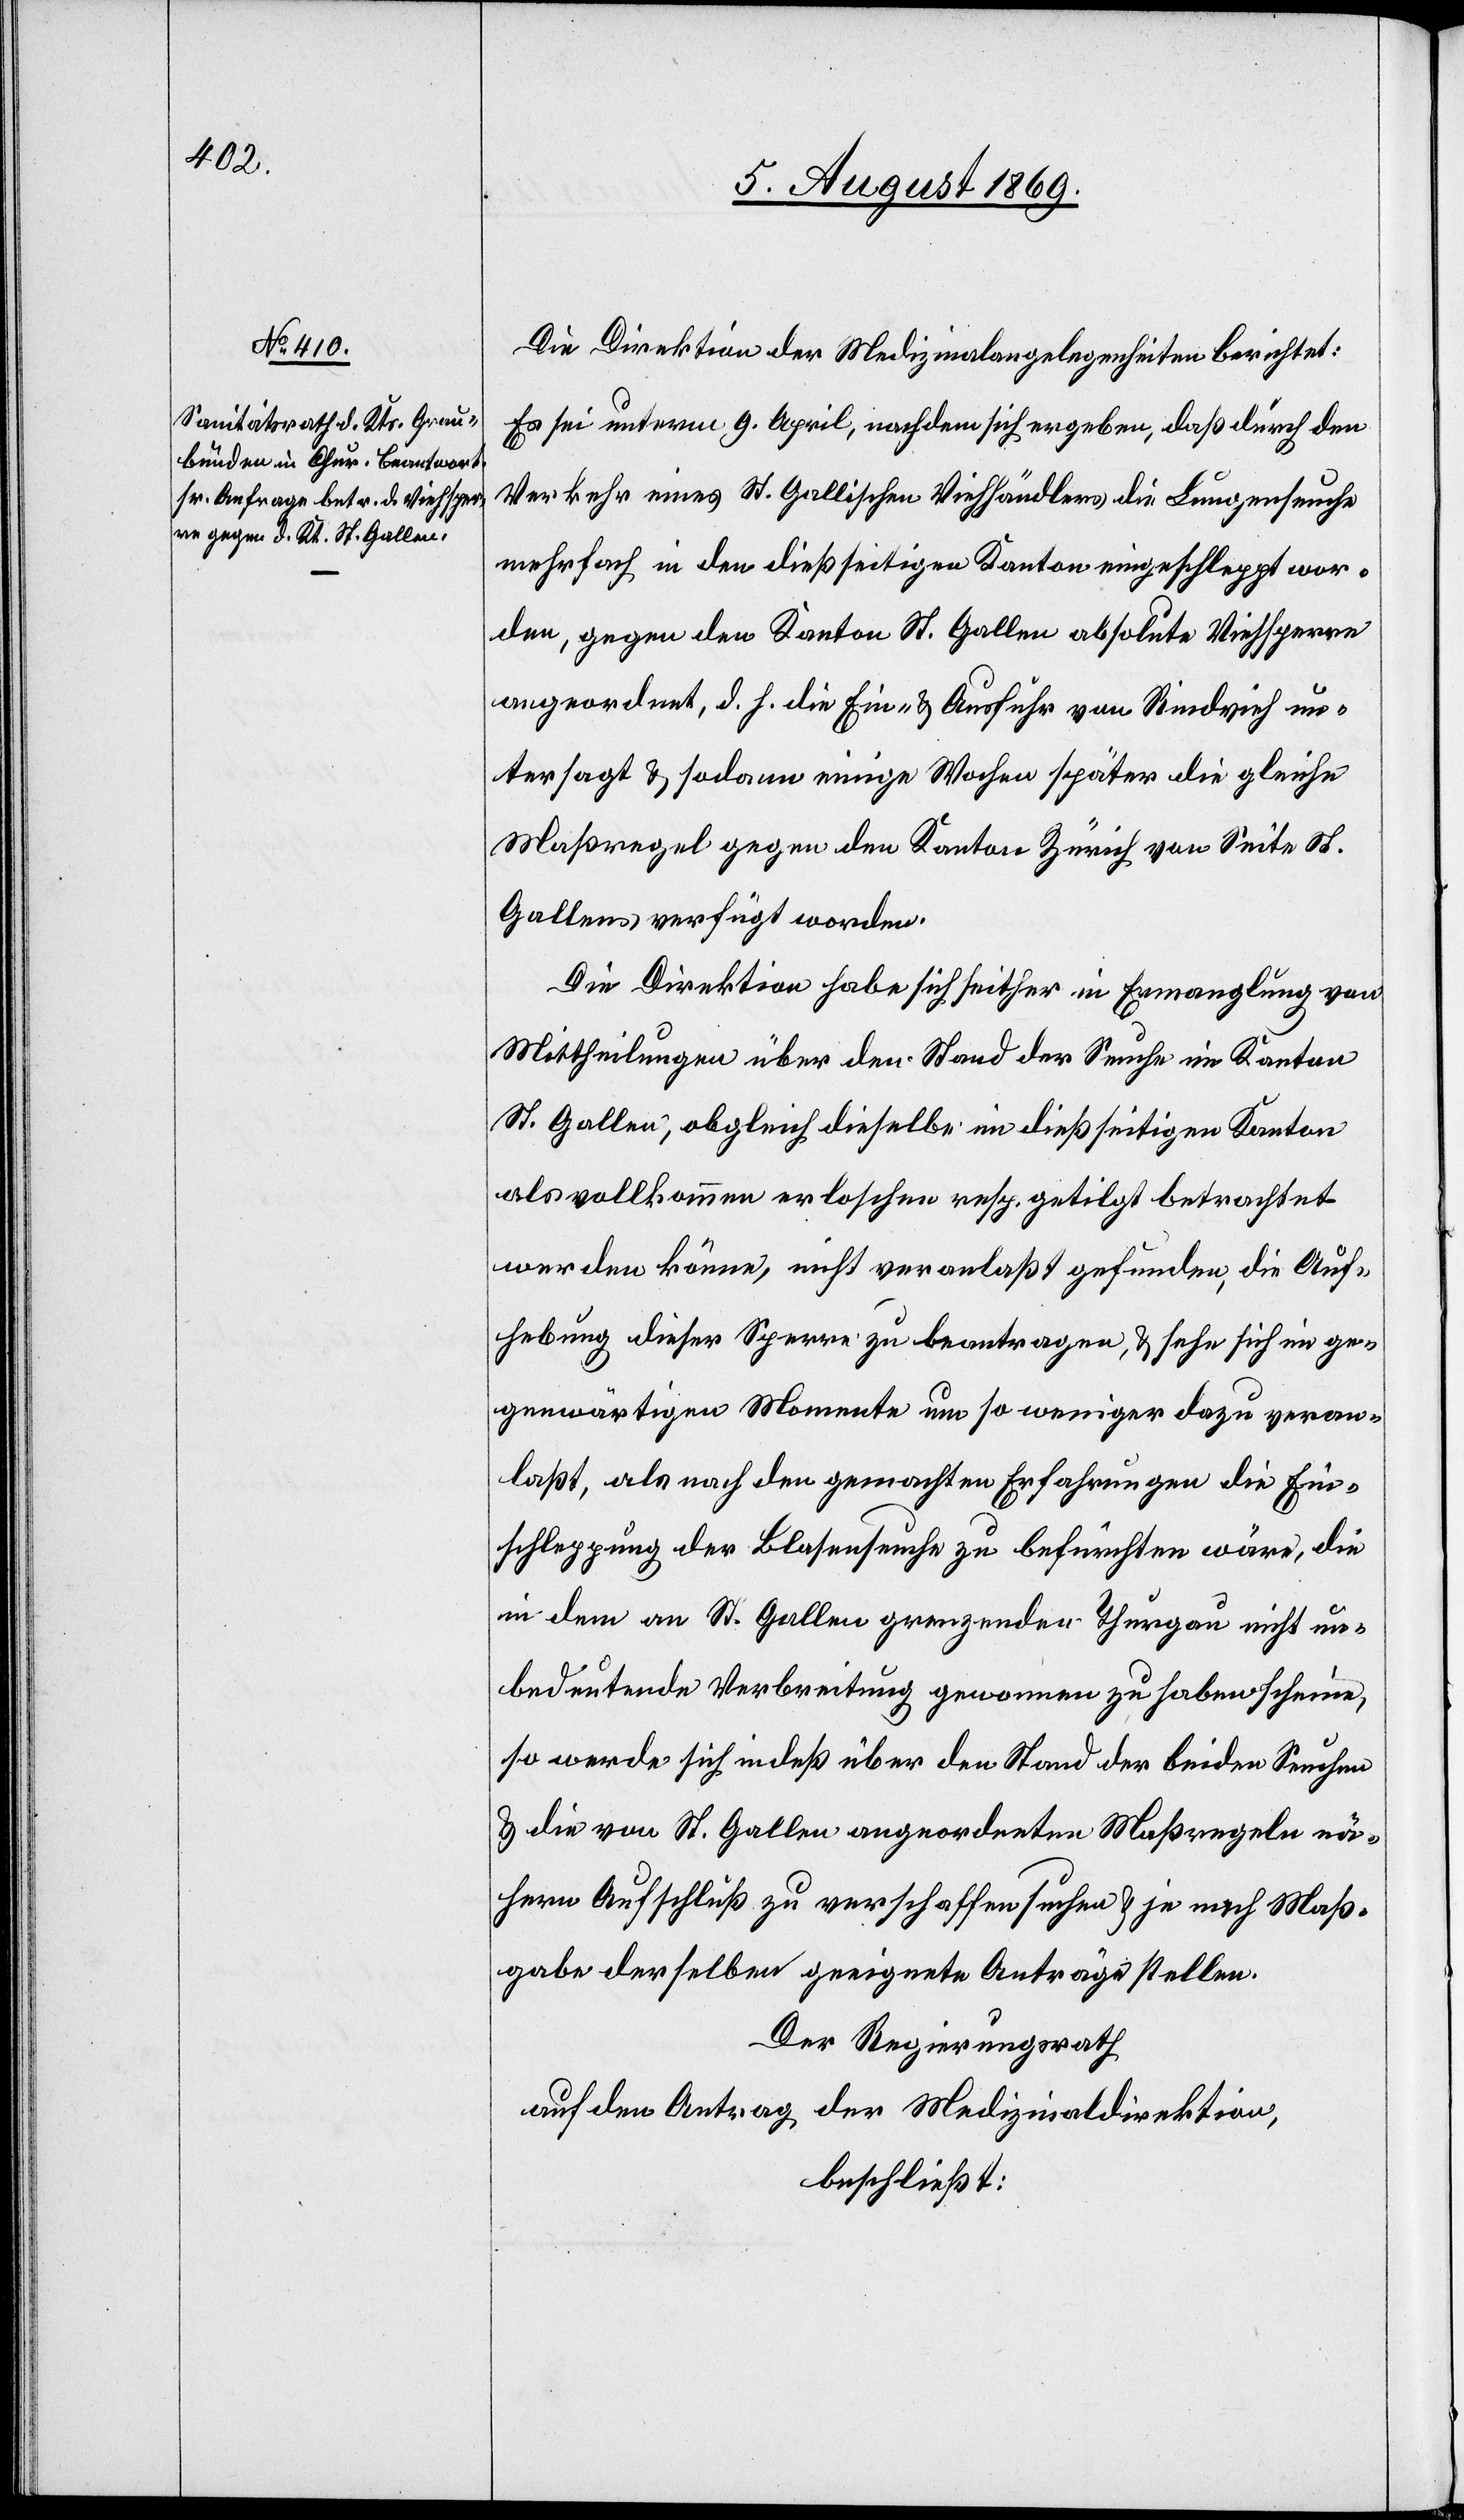
Die Direktion der Medizinalangelegenheiten berichtet:
Es sei unterm 9 April, nachdem sich ergeben, daß durch den
Verkehr eines St. Gallischen Viehhändlers die Lungenseuche
mehrfach in den dießseitigen Kanton eingeschleppt wor¬
den, gegen den Kanton St. Gallen absolute Viehsperre
angeordnet, d. h. die Ein- & Ausfuhr von Rindvieh un¬
tersagt & sodann einige Wochen später die gleiche
Maßregel gegen den Kanton Zürich von Seite St.
Gallens verfügt worden.
Die Direktion habe sich seither in Ermanglung von
Mittheilungen über den Stand der Seuche im Kanton
St. Gallen, obgleich dieselbe im dießseitigen Kanton
als vollkommen erloschen resp. getilgt betrachtet
werden könne, nicht veranlaßt gefunden, die Auf¬
hebung dieser Sperre zu beantragen, & sehe sich im ge¬
genwärtigen Momente um so weniger dazu veran¬
laßt, als nach den gemachten Erfahrungen die Ein¬
schleppung der Blasenseuche zu befürchten wäre, die
in dem an St. Gallen grenzenden Thurgau nicht un¬
bedeutende Verbreitung genommen zu haben scheine,
so werde sich indeß über den Stand der beiden Seuchen
& die von St. Gallen angeordneten Maßregeln nä¬
hern Aufschluß zu verschaffen suchen & je nach Maß¬
gabe derselben geeignete Anträge stellen.
Der Regierungsrath
auf den Antrag der Medizinaldirektion,
beschließt: